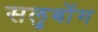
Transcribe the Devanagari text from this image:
सलुबोंग